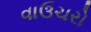
વાઉચરો